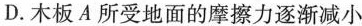
D. 木板A所受地面的摩擦力逐渐减小